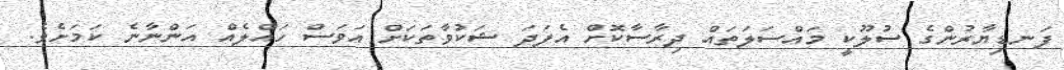
ފަނޑިޔާރުންގެ ސުލޫކީ މައްސަލަތައް ދިރާސާކޮށް އެފަދަ ޝަކުވާތަކަށް އަވަސް ހައްލެއް އަންނާނެ ކަމަށެވެ.